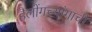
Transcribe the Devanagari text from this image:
हैलोंगच्यांगाची